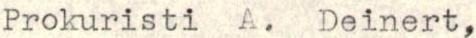
Prokuristi A. Deinert,